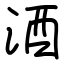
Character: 酒